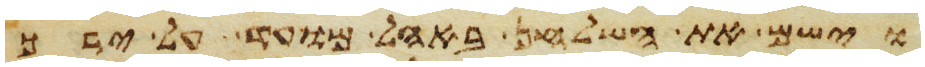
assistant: וישם את השלחן באהל מועד על ירך